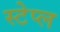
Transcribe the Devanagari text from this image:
स्टेप्ल